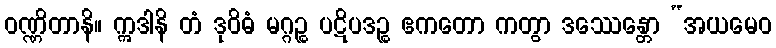
ဝဏ္ဏိတာနိ။ ဣဒါနိ တံ ဒုဝိဓံ မဂ္ဂဉ္စ ပဋိပဒဉ္စ ဧကတော ကတွာ ဒဿေန္တော “အယမေဝ